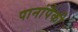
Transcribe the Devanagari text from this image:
पानांपैकी